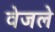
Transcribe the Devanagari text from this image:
वेजले